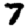
Digit: 7